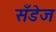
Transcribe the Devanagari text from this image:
सँडेज